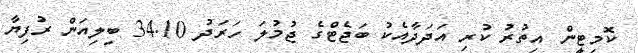
ކޮމިޓީން އިތުރު ކުރި އަދަދާއެކު ބަޖެޓްގެ ޖުމުލަ ހަރަދު 34.10 ބިލިއަން ރުފިޔާ